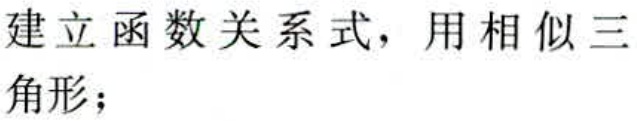
建立函数关系式，用相似三角形；